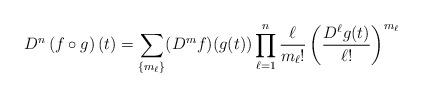
LaTeX: \begin{align*}D^{n} \left( f \circ g \right) \left( t \right)= \sum_{\left\{ m_{\ell} \right\}} (D^{m} f) (g(t))\prod_{\ell=1}^{n} \dfrac{\ell}{m_{\ell}!} \left( \dfrac{D^{\ell}g(t)}{\ell!} \right)^{m_{\ell}}\end{align*}